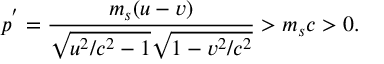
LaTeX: p ^ { ^ { \prime } } = \frac { m _ { s } ( u - v ) } { \sqrt { u ^ { 2 } / c ^ { 2 } - 1 } \sqrt { 1 - v ^ { 2 } / c ^ { 2 } } } > m _ { s } c > 0 .